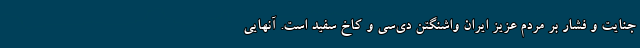
جنایت و فشار بر مردم عزیز ایران واشنگتن دی‌سی و کاخ سفید است. آنهایی